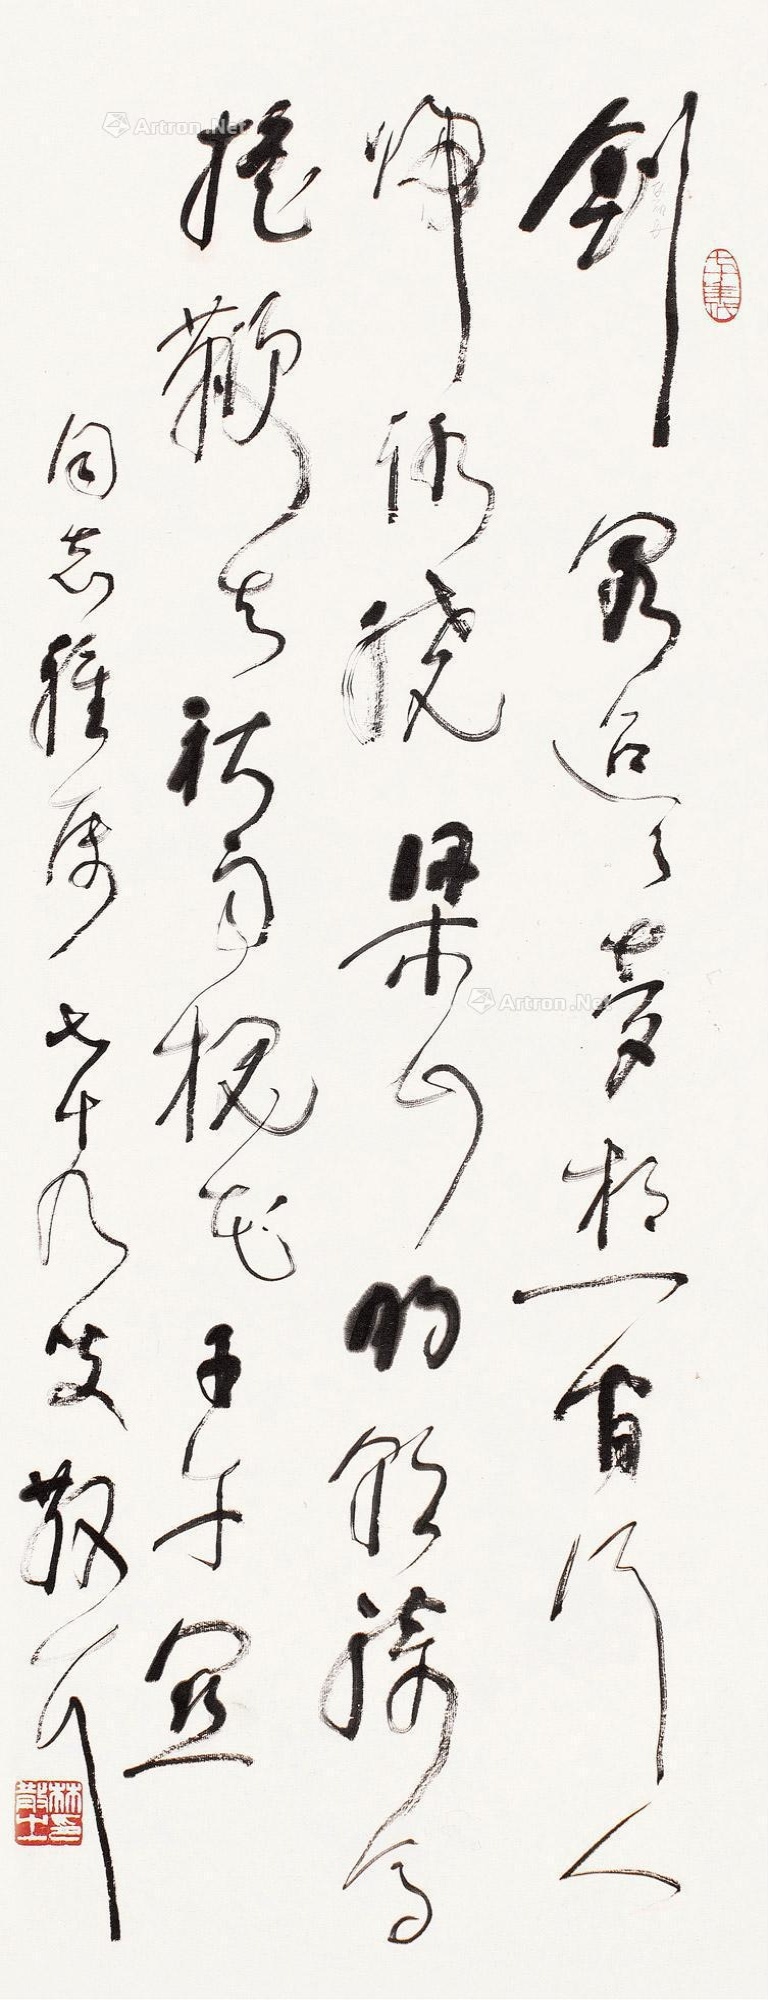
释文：剑阁迢迢梦想间，行人归路绕梁山。明朝骑马摇鞭去，秋雨槐花子午关。同志雅属，七十九叟散耳。